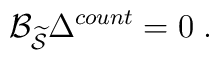
\mathcal{B}_{\widetilde{\mathcal{S}}}\Delta ^{count}=0\;.